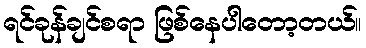
ရင်ခုန်ချင်စရာ ဖြစ်နေပါတော့တယ်။